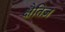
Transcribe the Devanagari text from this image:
क्षैतिज़